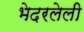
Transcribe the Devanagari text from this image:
भेदरलेली